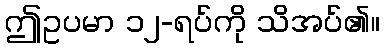
ဤဥပမာ ၁၂-ရပ်ကို သိအပ်၏။